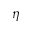
\eta